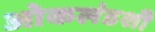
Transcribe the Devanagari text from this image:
ओकलंडशी